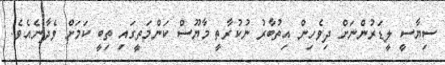
ސިޔާސީ ލީޑަރުންނަށް ދިވެހިން އިތުބާރު ނުކުރާތީ މާޔޫސް ކަންމަތީގައި ތިބީ ކަމަށް ވެދާނެއެވެ.